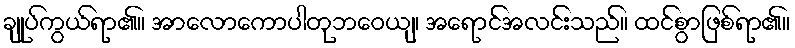
ချုပ်ကွယ်ရာ၏။ အာလောကောပါတုဘဝေယျ၊ အရောင်အလင်းသည်။ ထင်စွာဖြစ်ရာ၏။